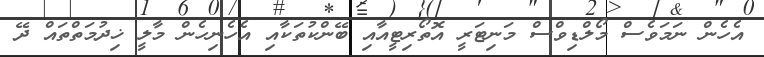
އެހެން ނަމަވެސް މޯލްޑިވްސް މަނިޓަރީ އޮތޯރިޓީއާއި ބޭންކުތަކާއި އެހެނިހެން މާލީ ޚިދުމަތްތައް ދޭ